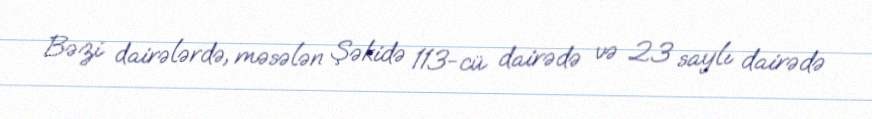
Bəzi dairələrdə, məsələn Şəkidə 113-cü dairədə və 23 saylı dairədə